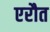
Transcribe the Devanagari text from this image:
एरौत